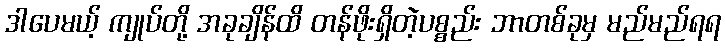
ဒါပေမယ့် ကျုပ်တို့ အခုချိန်ထိ တန်ဖိုးရှိတဲ့ပစ္စည်း ဘာတစ်ခုမှ မည်မည်ရရ